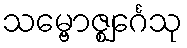
သမ္ဗောဇ္ဈင်္ဂေသု